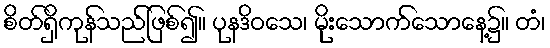
စိတ်ရှိကုန်သည်ဖြစ်၍။ ပုနဒိဝသေ၊ မိုးသောက်သောနေ့၌။ တံ၊